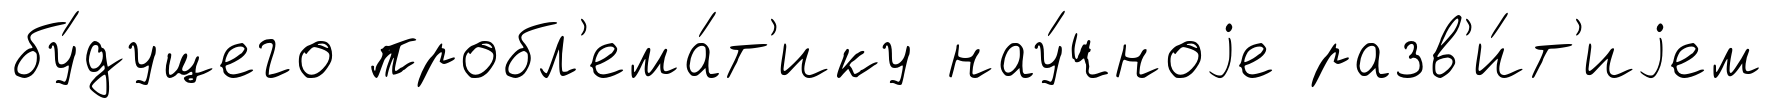
бу́дущего пробл'ема́т'ику нау́чноjе разв'и́т'иjем